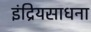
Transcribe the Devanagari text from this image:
इंद्रियसाधना